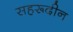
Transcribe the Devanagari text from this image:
सहरूदीन